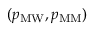
( p _ { \mathrm { M W } } , p _ { \mathrm { M M } } )